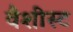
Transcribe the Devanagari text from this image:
वैशीस्ट